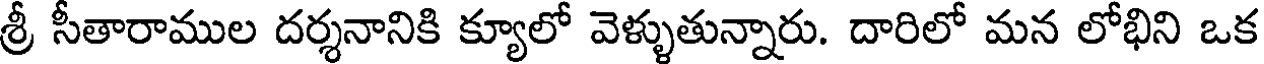
శ్రీ సీతారాముల దర్శనానికి క్యూలో వెళ్ళుతున్నారు. దారిలో మన లోభిని ఒక